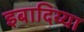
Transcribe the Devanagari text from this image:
इबादिय्या